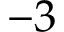
- 3